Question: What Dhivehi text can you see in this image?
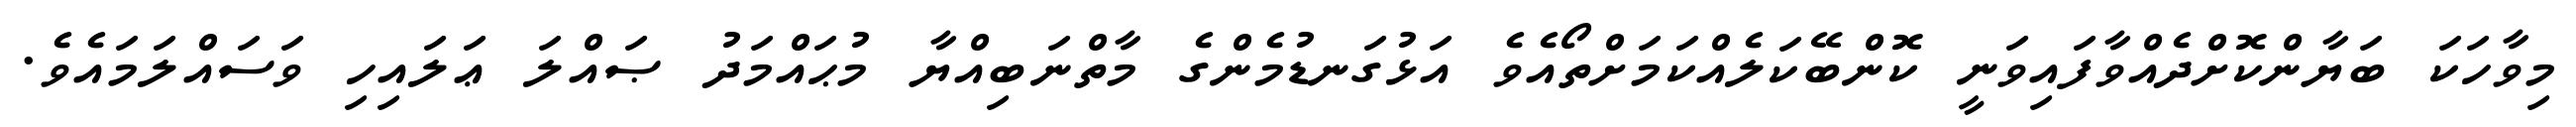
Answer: މިވާހަކަ ބަޔާންކޮށްދެއްވާފައިވަނީ ކޮންބޭކަލެއްކަމަށްތޯއެވެ އަޅުގަނޑުމެންގެ މާތްނަބިއްޔާ މުޙައްމަދު ޞައްލަ ޢަލައިހި ވަސައްލަމައެވެ.